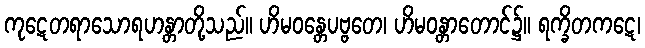
ကုဋေတရာသောရဟန္တာတို့သည်။ ဟိမဝန္တေပဗ္ဗတေ၊ ဟိမဝန္တာတောင်၌။ ရက္ခိတကဋေ၊